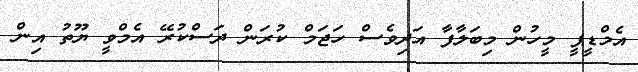
އެމްޑީޕީ މީހުން މިބަލާފާ އަދިވެސް ހަޖަމް ކުރަން ދަސްކުރޭ އެމްވީ ޔޫތު އިން